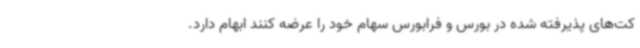
کت‌های پذیرفته شده در بورس و فرابورس سهام خود را عرضه کنند ابهام دارد.